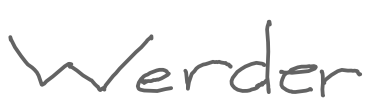
Text: Werder
Cross-out: clean
Writing tool: digital_gray